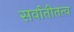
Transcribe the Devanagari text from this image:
सर्वातीतत्व